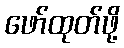
ဖော်ထုတ်ဖို့